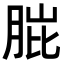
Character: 𮌗